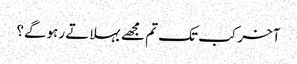
آخر کب تک تم مجھے بہلاتے رہوگے؟